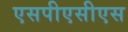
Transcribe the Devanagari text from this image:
एसपीएसीएस